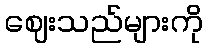
ဈေးသည်များကို